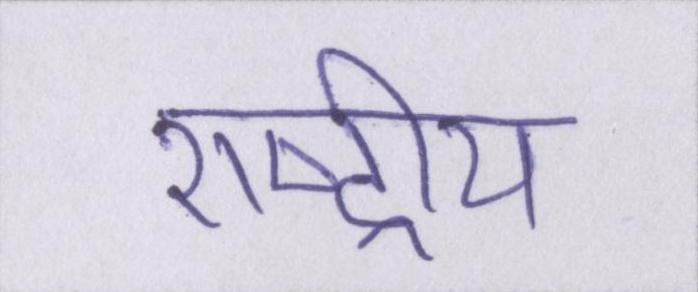
राष्ट्रीय